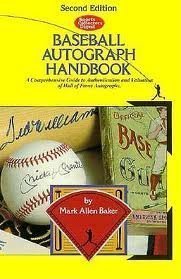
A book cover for Scd Baseball Autograph Handbook; Mark Allen Baker; Crafts, Hobbies & Home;